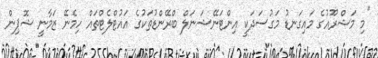
"މި މަޝްރޫއުގެ މައިގަނޑު މަގުސަދަކީ އިންޓަނޭޝަނަލް ބްރޭންޑުތަކުގެ އައުޓްލެޓްތައް ހިމެނޭ ޒަމާނީ ޝޮޕިން